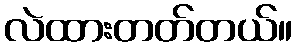
လဲထားတတ်တယ်။